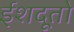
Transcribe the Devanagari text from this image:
ईशदूतो